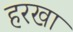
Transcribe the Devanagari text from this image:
हरखा